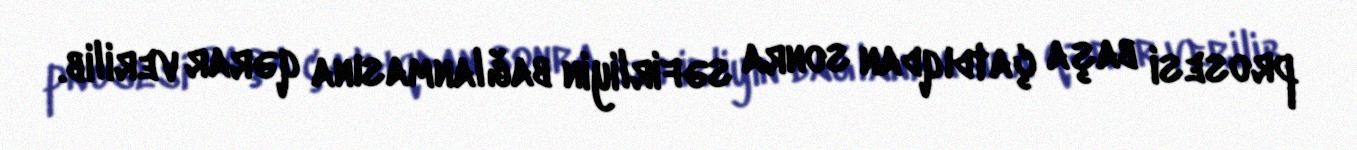
prosesi başa çatdıqdan sonra səfirliyin bağlanmasına qərar verilib.